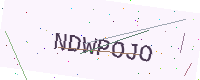
Text: NDWPOJO